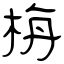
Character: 栴